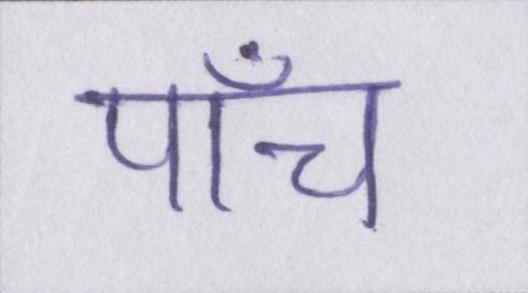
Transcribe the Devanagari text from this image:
पाँच